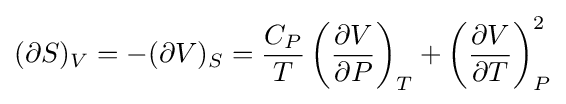
(\partial S)_{V}=-(\partial V)_{S}={\frac {C_{P}}{T}}\left({\frac {\partial V}{\partial P}}\right)_{T}+\left({\frac {\partial V}{\partial T}}\right)_{P}^{2}